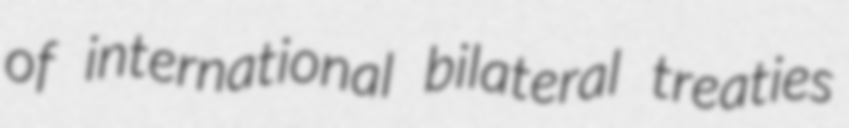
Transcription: of international bilateral treaties